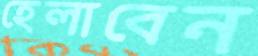
হেলাবেন